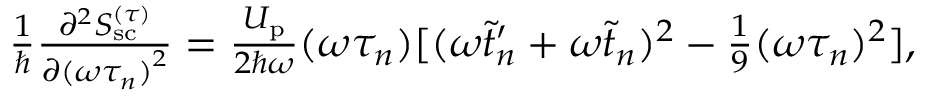
\begin{array} { r } { \frac { 1 } { \hbar } \frac { \partial ^ { 2 } S _ { \mathrm { s c } } ^ { ( \tau ) } } { \partial { ( \omega \tau _ { n } ) } ^ { 2 } } = \frac { U _ { \mathrm { p } } } { 2 \hbar \omega } ( \omega \tau _ { n } ) [ ( \omega \tilde { t } _ { n } ^ { \prime } + \omega \tilde { t } _ { n } ) ^ { 2 } - \frac { 1 } { 9 } ( \omega \tau _ { n } ) ^ { 2 } ] , } \end{array}